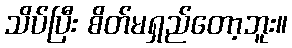
သိပ်ပြီး စိတ်မရှည်တော့ဘူး။